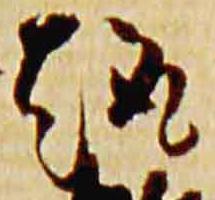
趣